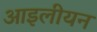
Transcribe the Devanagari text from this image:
आइलीयन